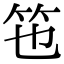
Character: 竾